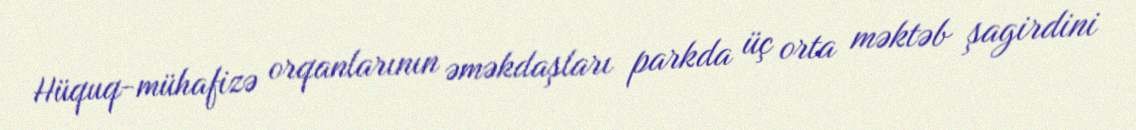
Hüquq-mühafizə orqanlarının əməkdaşları parkda üç orta məktəb şagirdini